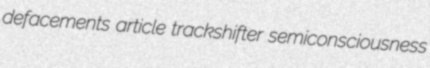
defacements article trackshifter semiconsciousness